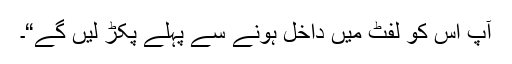
آپ اس کو لفٹ میں داخل ہونے سے پہلے پکڑ لیں گے“۔